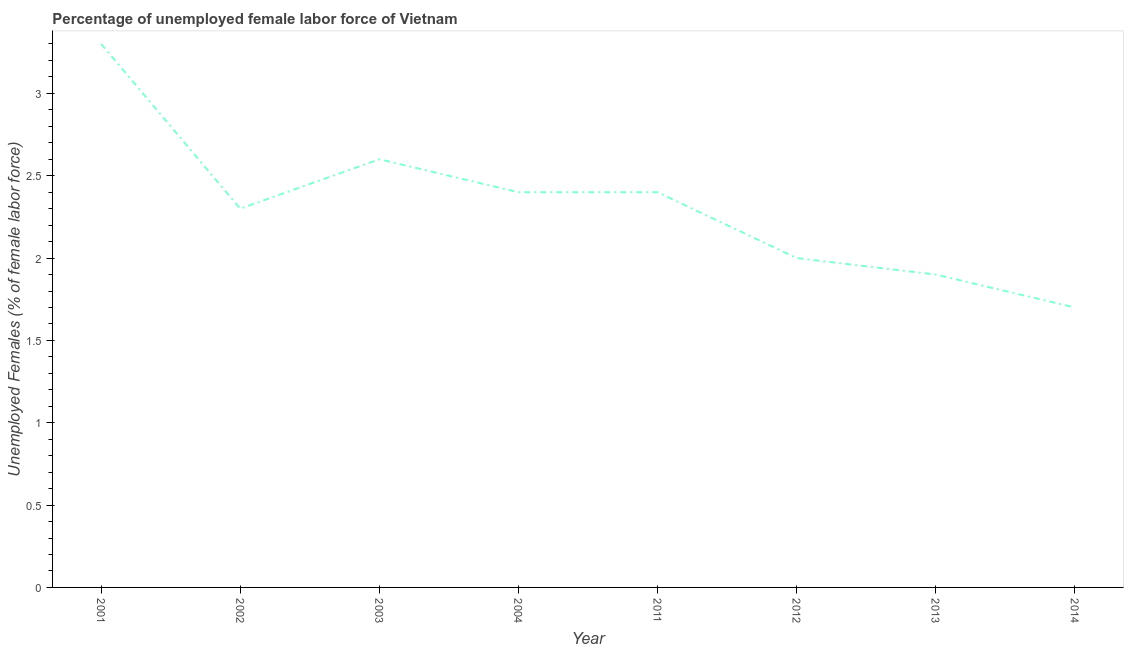
| Year | Unemployment female |
 | --- | --- |
 | 2001 | 3.3 |
 | 2002 | 2.3 |
 | 2003 | 2.6 |
 | 2004 | 2.4 |
 | 2011 | 2.4 |
 | 2012 | 2 |
 | 2013 | 1.9 |
 | 2014 | 1.7 |